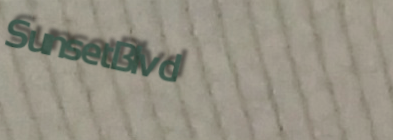
SunsetBlvd